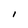
Character: I